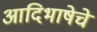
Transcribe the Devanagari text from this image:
आदिभाषेचे